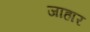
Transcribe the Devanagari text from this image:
जाहार